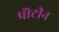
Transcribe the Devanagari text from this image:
प्रॊटीन